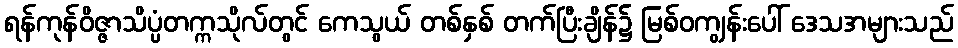
ရန်ကုန်ဝိဇ္ဇာသိပ္ပံတက္ကသိုလ်တွင် ကေသွယ် တစ်နှစ် တက်ပြီးချိန်၌ မြစ်ဝကျွန်းပေါ် ဒေသအများသည်